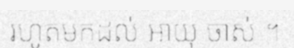
រហូតមកដល់ អាយុ ចាស់ ។